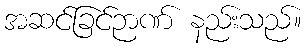
အဆင်ခြင်ဉာဏ် နည်းသည်။